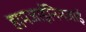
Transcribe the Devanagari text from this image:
हामजाईनिमजाई